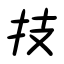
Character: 技